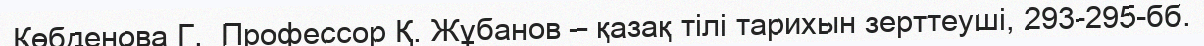
Көбденова Г.  Профессор Қ. Жұбанов – қазақ тілі тарихын зерттеуші, 293-295-бб.